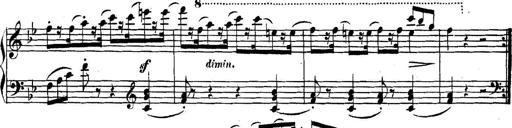
Title: Collected Piano Sonatas
Composer: Muzio Clementi